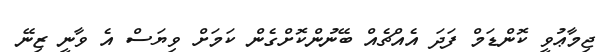
ޖިމާޢުވީ ކޮންޑަމް ފަދަ އެއްޗެއް ބޭނުންކޮށްގެން ކަމަށް ވިޔަސް އެ ވާނީ ޒިނޭ